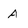
Character: A